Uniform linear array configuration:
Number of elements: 8
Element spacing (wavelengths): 1
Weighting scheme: exponential
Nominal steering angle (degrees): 30
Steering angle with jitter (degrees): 30.668
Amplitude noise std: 0.05
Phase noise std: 0.05

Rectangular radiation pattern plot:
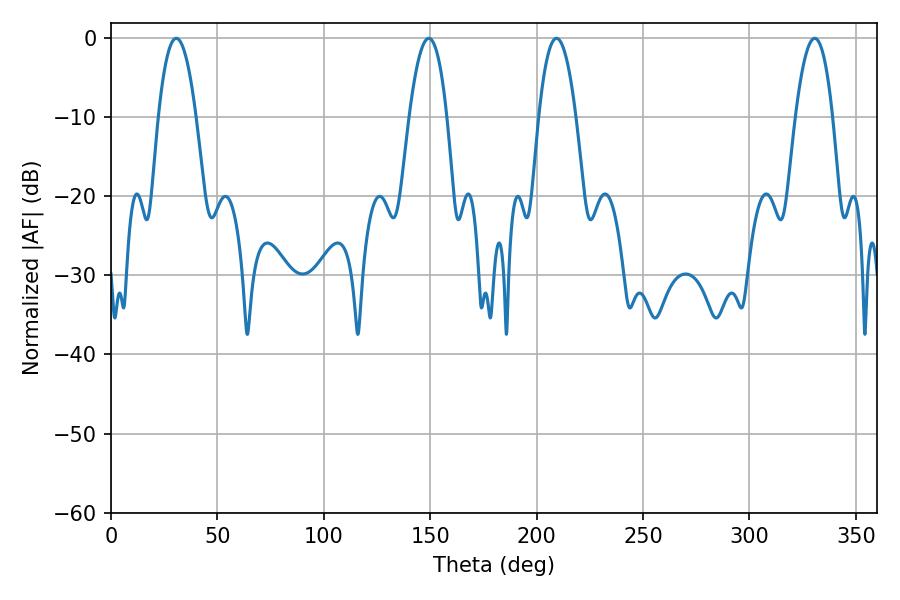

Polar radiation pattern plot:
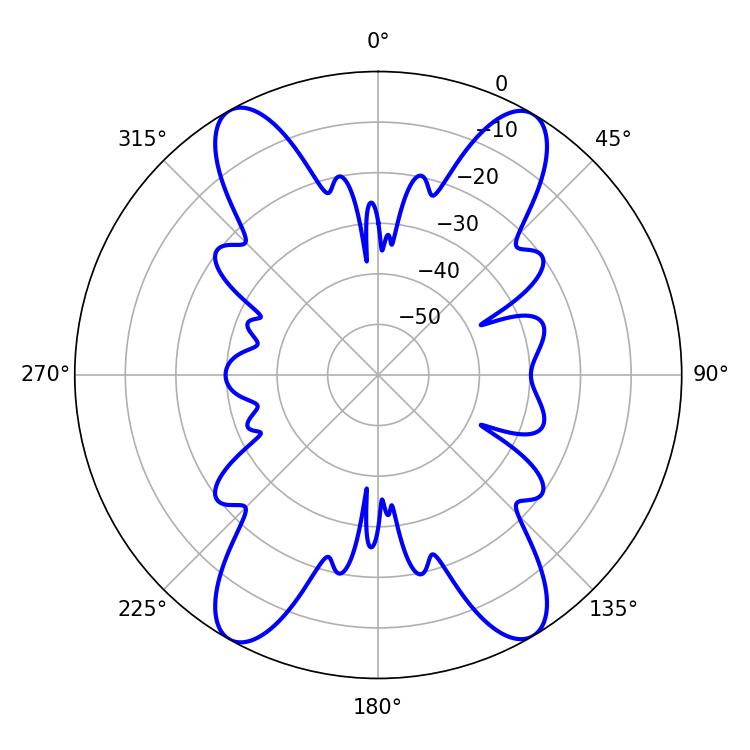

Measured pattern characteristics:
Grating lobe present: TRUE
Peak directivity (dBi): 22.641
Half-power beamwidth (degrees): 9.54
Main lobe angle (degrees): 209.34